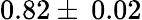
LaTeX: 0.82\pm\: 0.02